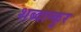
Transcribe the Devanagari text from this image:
शब्दान्कुर